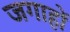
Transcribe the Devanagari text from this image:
जगाहों